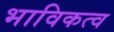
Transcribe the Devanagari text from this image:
भाविकत्व